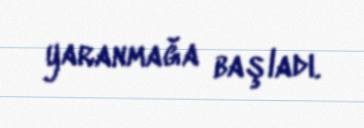
yaranmağa başladı.